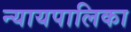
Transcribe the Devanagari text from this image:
न्‍यायपालिका